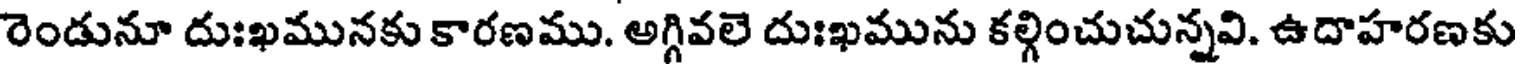
రెండునూ దుఃఖమునకు కారణము. అగ్గివలె దుఃఖమును కల్గించుచున్నవి. ఉదాహరణకు